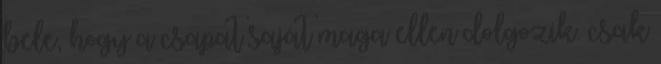
bele, hogy a csapat saját maga ellen dolgozik. csak